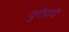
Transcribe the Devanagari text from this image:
युरोपादी